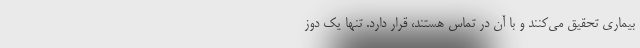
بیماری تحقیق می‌کنند و با آن در تماس هستند، قرار دارد. تنها یک دوز